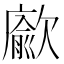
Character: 𭭖